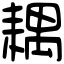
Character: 耦